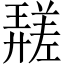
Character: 𱝖